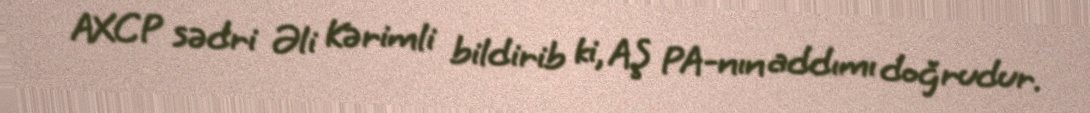
AXCP sədri Əli Kərimli bildirib ki, AŞ PA-nın addımı doğrudur.